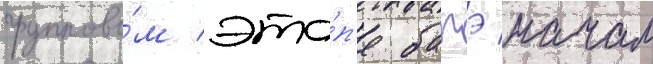
группово́м эта́п'е батэ начал